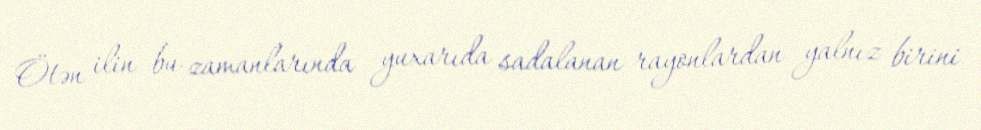
Ötən ilin bu zamanlarında yuxarıda sadalanan rayonlardan yalnız birini